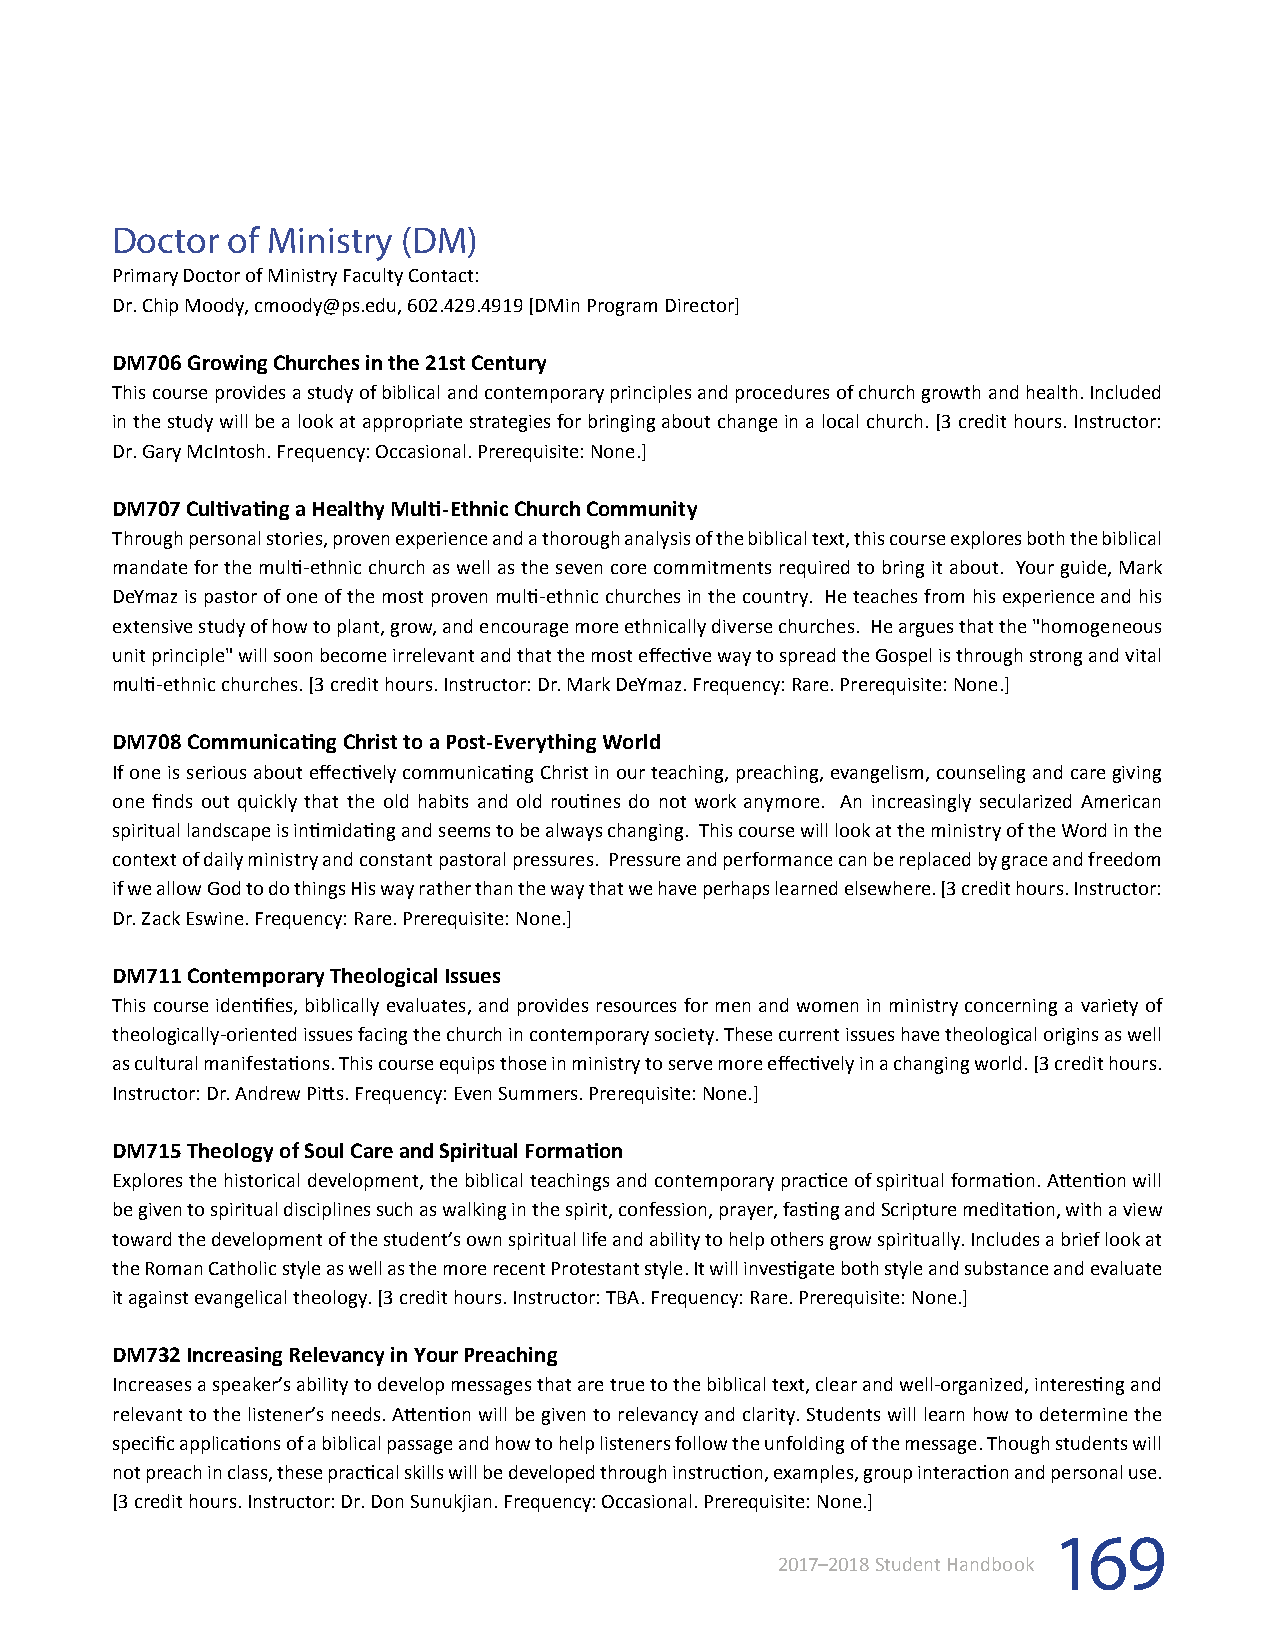
Doctor  of Ministry (DM)
 Primary Doctor of Ministry Faculty Contact:
 Dr. Chip Moody, cmoody@ps.edu, 602.429.4919 [DMin Program Director]
 DM706 Growing Churches in the 21st Century
 This course provides a study of biblical and contemporary principles and procedures of church growth and health. Included
 in the study will be a look at appropriate strategies for bringing about change in a local church. [3 credit hours. Instructor:
 Dr. Gary McIntosh. Frequency: Occasional. Prerequisite: None.]
 DM707 Cultivating a Healthy Multi-Ethnic Church Community
 Through personal stories, proven experience and a thorough analysis of the biblical text, this course explores both the biblical
 mandate for the multi-ethnic church as well as the seven core commitments required to bring it about. Your guide, Mark
 DeYmaz is pastor of one of the most proven multi-ethnic churches in the country. He teaches from his experience and his
 extensive study of how to plant, grow, and encourage more ethnically diverse churches. He argues that the "homogeneous
 unit principle" will soon become irrelevant and that the most effective way to spread the Gospel is through strong and vital
 multi-ethnic churches. [3 credit hours. Instructor: Dr. Mark DeYmaz. Frequency: Rare. Prerequisite: None.]
 DM708 Communicating Christ to a Post-Everything World
 If one is serious about effectively communicating Christ in our teaching, preaching, evangelism, counseling and care giving
 one finds out quickly that the old habits and old routines do not work anymore. An increasingly secularized American
 spiritual landscape is intimidating and seems to be always changing. This course will look at the ministry of the Word in the
 context of daily ministry and constant pastoral pressures. Pressure and performance can be replaced by grace and freedom
 if we allow God to do things His way rather than the way that we have perhaps learned elsewhere. [3 credit hours. Instructor:
 Dr. Zack Eswine. Frequency: Rare. Prerequisite: None.]
 DM711 Contemporary Theological Issues
 This course identifies, biblically evaluates, and provides resources for men and women in ministry concerning a variety of
 theologically-oriented issues facing the church in contemporary society. These current issues have theological origins as well
 as cultural manifestations. This course equips those in ministry to serve more effectively in a changing world. [3 credit hours.
 Instructor: Dr. Andrew Pitts. Frequency: Even Summers. Prerequisite: None.]
 DM715 Theology of Soul Care and Spiritual Formation
 Explores the historical development, the biblical teachings and contemporary practice of spiritual formation. Attention will
 be given to spiritual disciplines such as walking in the spirit, confession, prayer, fasting and Scripture meditation, with a view
 toward the development of the student’s own spiritual life and ability to help others grow spiritually. Includes a brief look at
 the Roman Catholic style as well as the more recent Protestant style. It will investigate both style and substance and evaluate
 it against evangelical theology. [3 credit hours. Instructor: TBA. Frequency: Rare. Prerequisite: None.]
 DM732 Increasing Relevancy in Your Preaching
 Increases a speaker’s ability to develop messages that are true to the biblical text, clear and well-organized, interesting and
 relevant to the listener’s needs. Attention will be given to relevancy and clarity. Students will learn how to determine the
 specific applications of a biblical passage and how to help listeners follow the unfolding of the message. Though students will
 not preach in class, these practical skills will be developed through instruction, examples, group interaction and personal use.
 [3 credit hours. Instructor: Dr. Don Sunukjian. Frequency: Occasional. Prerequisite: None.]
 169
 2017–2018 Student Handbook